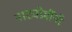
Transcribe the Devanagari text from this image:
नाट्यप्रेमींनी